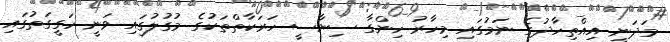
މަދަނީ އިއްތިހާދުގެ ނަމުގައި މިހާރު ހިންގާ ސިޔާސީ ހަރަކާތްތަކުގެ މުގުލުގައި ވަނީ ހަގީގަތުގައި